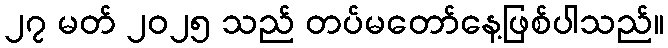
၂၇ မတ် ၂၀၂၅ သည် တပ်မတော်နေ့ဖြစ်ပါသည်။